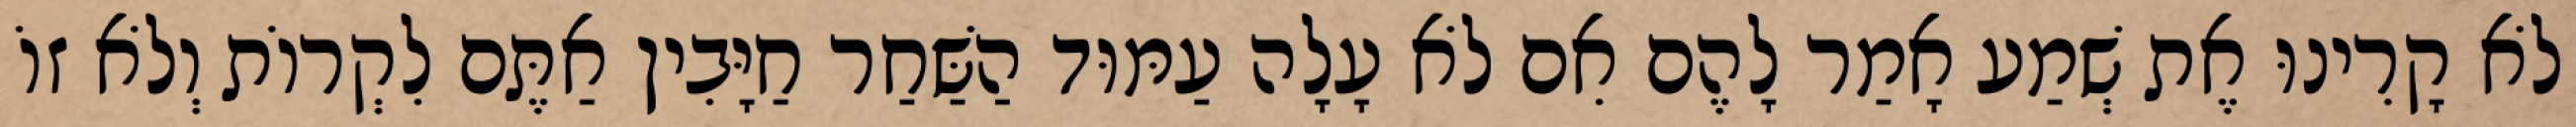
לֹא קָרִינוּ אֶת שְׁמַע אָמַר לָהֶם אִם לֹא עָלָה עַמּוּד הַשַּׁחַר חַיָּבִין אַתֶּם לִקְרוֹת וְלֹא זוֹ